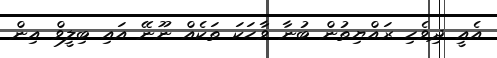
އެއީ ދިވެހި ރައްޔިތުން ބުނާ ވާހަކަ ތަކެއް ނޫނޭ އައި ބިލީވް އިން